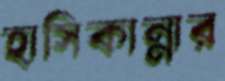
হাসিকান্নার